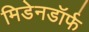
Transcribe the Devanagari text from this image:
मिडेनडॉर्फ